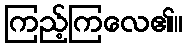
ကြည့်ကြလေ၏။